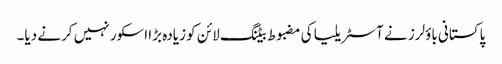
پاکستانی باؤلرز نے آسٹریلیا کی مضبوط بیٹنگ لائن کو زیادہ بڑا اسکور نہیں کرنے دیا۔